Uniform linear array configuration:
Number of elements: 12
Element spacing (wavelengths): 0.25
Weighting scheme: hamming
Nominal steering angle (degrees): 60
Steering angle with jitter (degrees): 61.25
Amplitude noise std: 0.05
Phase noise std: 0.05

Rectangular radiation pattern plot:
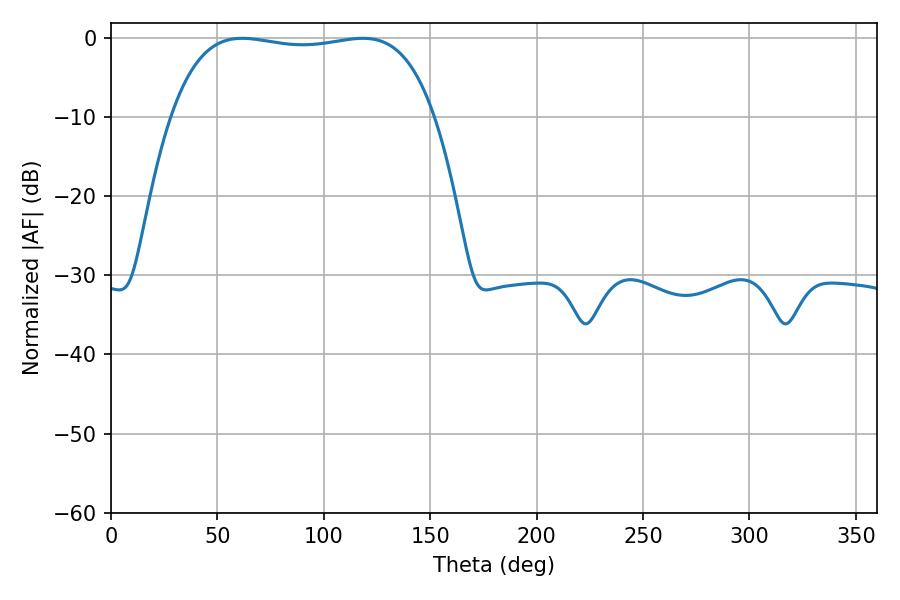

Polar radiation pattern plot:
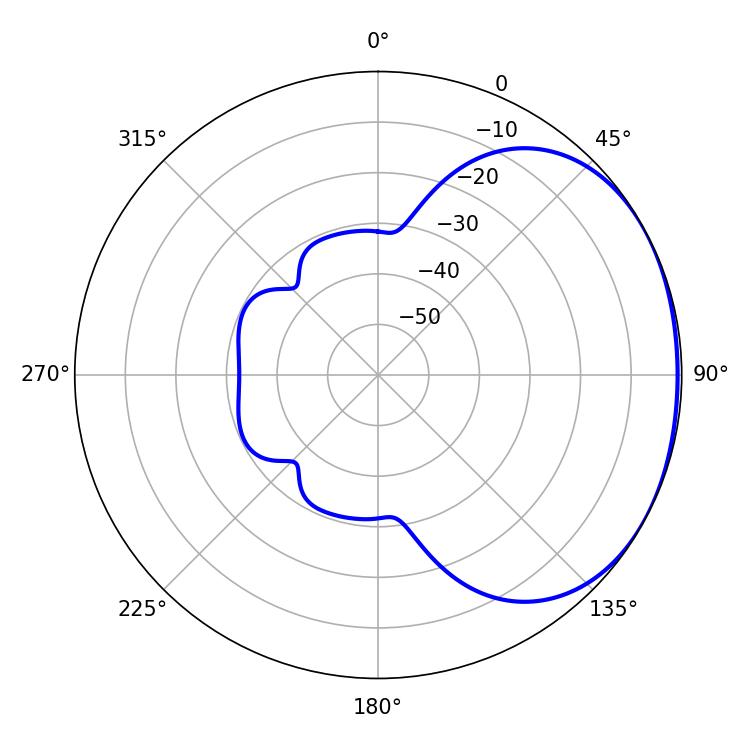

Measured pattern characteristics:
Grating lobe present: FALSE
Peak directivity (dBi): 1.499
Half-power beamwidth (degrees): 98.64
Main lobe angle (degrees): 61.56